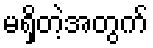
မရှိတဲ့အတွက်